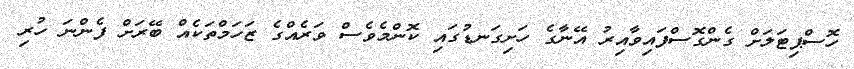
ހޮސްޕިޓަލަށް ގެންގޮސްފައިވާއިރު އޭނާގެ ހަށިގަނޑުގައި ކޮންމެވެސް ވަރެއްގެ ޒަހަމްތަކެއް ބޭރަށް ފެންނަ ހުރި